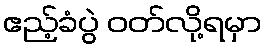
ဧည့်ခံပွဲ ဝတ်လို့ရမှာ